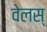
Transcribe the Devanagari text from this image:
वेलस्